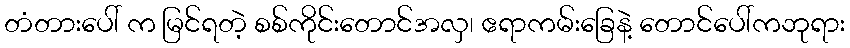
တံတားပေါ် က မြင်ရတဲ့ စစ်ကိုင်းတောင်အလှ၊ ဧရာကမ်းခြေနဲ့ တောင်ပေါ်ကဘုရား